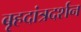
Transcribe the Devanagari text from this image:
बृहदांत्रदर्शन